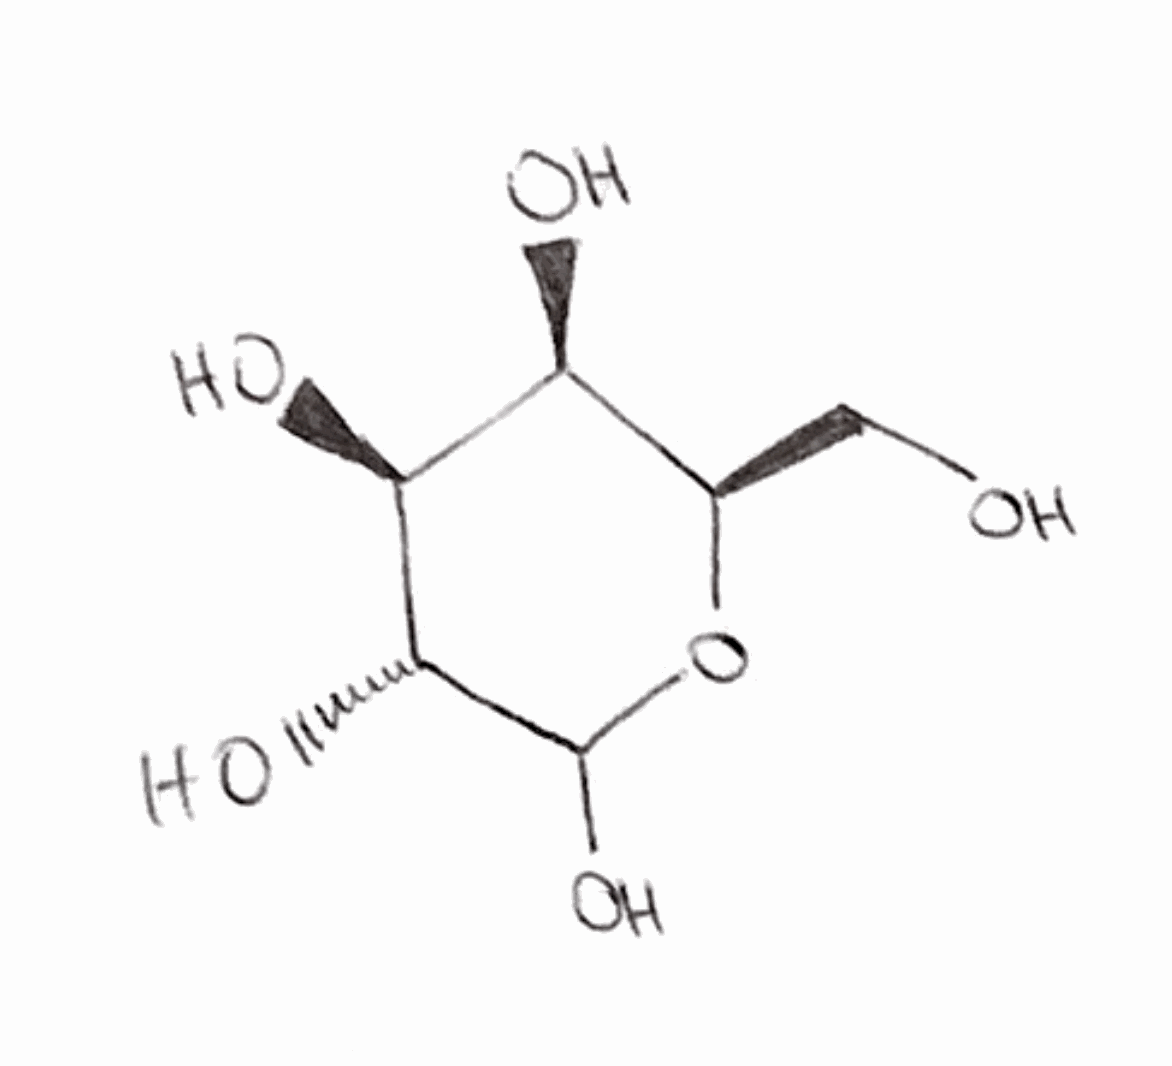
Simplified molecular-input line-entry system (SMILES) notation of the given molecule:
C([C@@H]1[C@@H]([C@@H]([C@H](C(O1)O)O)O)O)O